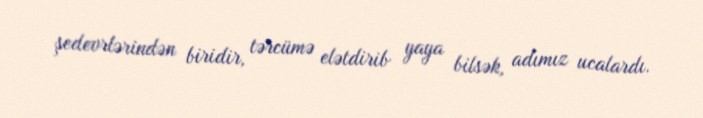
şedevrlərindən biridir, tərcümə elətdirib yaya bilsək, adımız ucalardı.